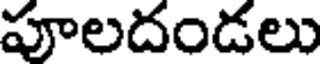
పూలదండలు